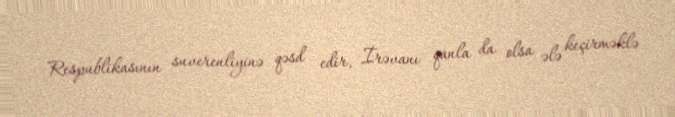
Respublikasının suverenliyinə qəsd edir, İrəvanı qanla da olsa ələ keçirməklə